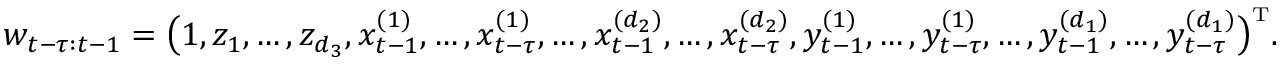
w _ { t - \tau : t - 1 } = \big ( 1 , z _ { 1 } , \dots , z _ { d _ { 3 } } , x _ { t - 1 } ^ { ( 1 ) } , \dots , x _ { t - \tau } ^ { ( 1 ) } , \dots , x _ { t - 1 } ^ { ( d _ { 2 } ) } , \dots , x _ { t - \tau } ^ { ( d _ { 2 } ) } , y _ { t - 1 } ^ { ( 1 ) } , \dots , y _ { t - \tau } ^ { ( 1 ) } , \dots , y _ { t - 1 } ^ { ( d _ { 1 } ) } , \dots , y _ { t - \tau } ^ { ( d _ { 1 } ) } \big ) ^ { \mathrm { \scriptscriptstyle T } } .